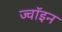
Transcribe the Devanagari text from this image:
ज्‍वॉइन